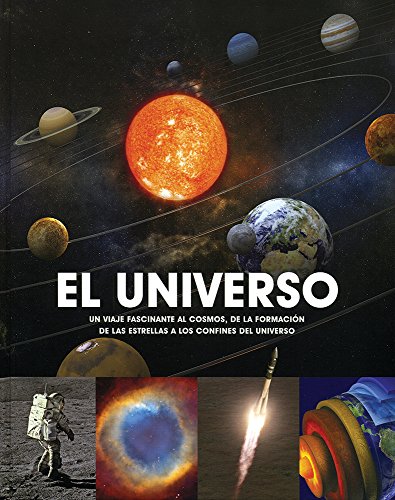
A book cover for El Universo (Family Reference) (Spanish Edition); Parragon Books; Reference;